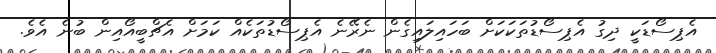
އެޕިސޯޑަކީ ދިގު އެޕިސޯޑުތަކަކަށް ބަހައިލައިިގެން ނެރޭނެ އެޕިސޯޑުތަކެއް ކަަމަށް އެޗްބީއޯއިން ބުނެ އެެވެ.